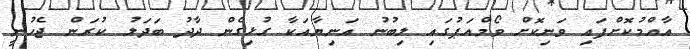
އާއްމުކޮށްފައި ވަނިކޮށް ވޯމްއަޕުގައި ލިބުނު އަނިޔާއަކާ ގުޅިގެން ދާދު ބަދަލު ކުރަން ޖެހުނީ